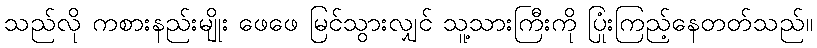
သည်လို ကစားနည်းမျိုး ဖေဖေ မြင်သွားလျှင် သူ့သားကြီးကို ပြုံးကြည့်နေတတ်သည်။